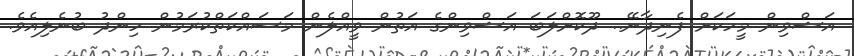
އަޝްވިން މީހަކަށް ފެނިދާނޭ.. ދޫކޮށްލަބަ އަޝްވިންގެ އަތުން ވީއްލެން މަސައްކަތްކުރަމުން ހިންދު ބުނެލިއެވެ.